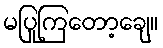
မပြုကြတော့ချေ။